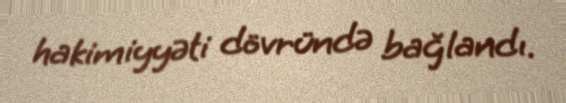
hakimiyyəti dövründə bağlandı.